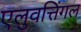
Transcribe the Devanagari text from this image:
एलुवत्तिंगल